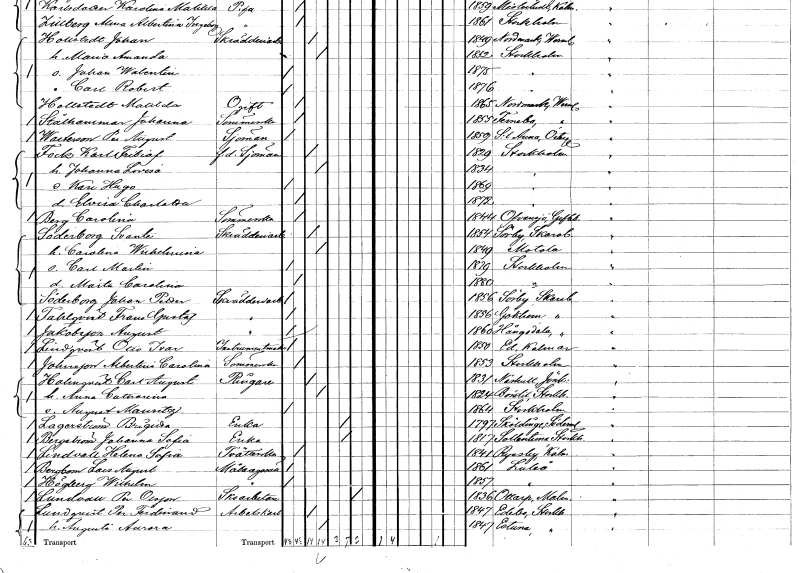
gt_parse: households: individuals: FN: Per August
EN: Wastesson
YRKE: Sjöman
KON: M
CIV: O
FODAR: 1859
FODFORS: Sankt Anna Östergötlands län
FN: Karl Fritiof
EN: Fock
YRKE: Sjöman f.d.
KON: M
CIV: G
FODAR: 1829
FODFORS: Stockholm
FN: Johanna Lovisa
KON: K
CIV: G
FODAR: 1834
FODFORS: Stockholm
FN: Karl Hugo
KON: M
CIV: O
FODAR: 1869
FODFORS: Stockholm
FN: Elvira Charlotta
KON: K
CIV: O
FODAR: 1872
FODFORS: Stockholm
FN: Carolina
EN: Berg
YRKE: Sömmerska
KON: K
CIV: O
FODAR: 1844
FODFORS: Ovansjö Gävleborgs län
FN: Svante
EN: Söderberg
YRKE: Skrädderiarbetare
KON: M
CIV: G
FODAR: 1854
FODFORS: Sörby Skaraborgs län
FN: Carolina Wilhelmina
KON: K
CIV: G
FODAR: 1849
FODFORS: Motala Östergötlands län
FN: Carl Martin
KON: M
CIV: O
FODAR: 1879
FODFORS: Stockholm
FN: Märta Carolina
KON: K
CIV: O
FODAR: 1880
FODFORS: Stockholm
FN: Johan Petter
EN: Söderberg
YRKE: Skrädderiarbetare
KON: M
CIV: O
FODAR: 1856
FODFORS: Sörby Skaraborgs län
FN: Frans Gustaf
EN: Fahlqvist
YRKE: Skrädderiarbetare
KON: M
CIV: O
FODAR: 1856
FODFORS: Gökhem Skaraborgs län
FN: August
EN: Jakobsson
YRKE: Skrädderiarbetare
KON: M
CIV: O
FODAR: 1860
FODFORS: Hångsdala Skaraborgs län
FN: Otto Ivar
EN: Lindqvist
YRKE: Instrumentmakare
KON: M
CIV: O
FODAR: 1850
FODFORS: Ed Kalmar län
FN: Albertina Carolina
EN: Johansson
YRKE: Sömmerska
KON: K
CIV: O
FODAR: 1853
FODFORS: Stockholm
FN: Carl August
EN: Holmqvist
YRKE: Ringare
KON: M
CIV: G
FODAR: 1831
FODFORS: Näshult Jönköpings län
FN: Anna Catharina
KON: K
CIV: G
FODAR: 1824
FODFORS: Börstil Uppsala län
FN: August Mauritz
KON: M
CIV: O
FODAR: 1864
FODFORS: Stockholm
FN: Brigitta
EN: Lagerström
YRKE: Änka
KON: K
CIV: E
FODAR: 1797
FODFORS: Sköldinge Södermanlands län
FN: Johanna Sofia
EN: Bergström
YRKE: Änka
KON: K
CIV: E
FODAR: 1817
FODFORS: Sollentuna Stockholms län
FN: Helena Sofia
EN: Lindvall
YRKE: Tvätterska
KON: K
CIV: O
FODAR: 1841
FODFORS: Ryssby Kalmar län
FN: Lars August
EN: Bergbom
YRKE: Målaregesäll
KON: M
CIV: O
FODAR: 1861
FODFORS: Luleå Norrbottens län
FN: Wilhelm
EN: Högberg
YRKE: Målaregesäll
KON: M
CIV: O
FODAR: 1857
FODFORS: Luleå Norrbottens län
FN: Per
EN: Lundvall Olsson
YRKE: Skoarbetare
KON: M
CIV: X
FODAR: 1836
FODFORS: Ottarp Malmöhus län
FN: Per Ferdinand
EN: Lundqvist
YRKE: Arbetskarl
KON: M
CIV: G
FODAR: 1847
FODFORS: Edebo Stockholms län
FN: Augusta Aurora
KON: K
CIV: G
FODAR: 1847
FODFORS: Estuna Stockholms län